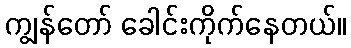
ကျွန်တော် ခေါင်းကိုက်နေတယ်။